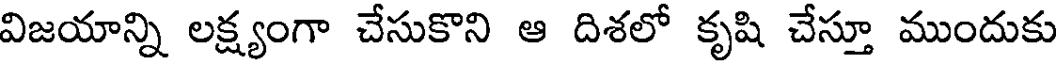
విజయాన్ని లక్ష్యంగా చేసుకొని ఆ దిశలో కృషి చేస్తూ ముందుకు